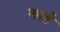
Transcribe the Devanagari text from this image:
लाईं